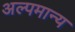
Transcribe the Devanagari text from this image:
अल्पमान्य